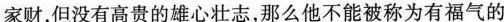
家财，但没有高贵的雄心壮志，那么他不能被称为有福气的人